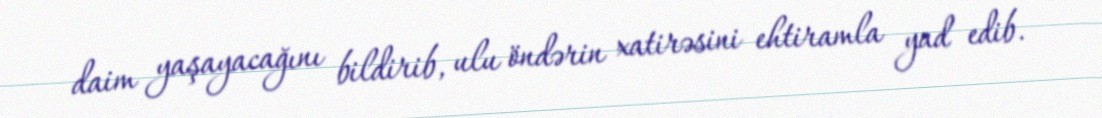
daim yaşayacağını bildirib, ulu öndərin xatirəsini ehtiramla yad edib.